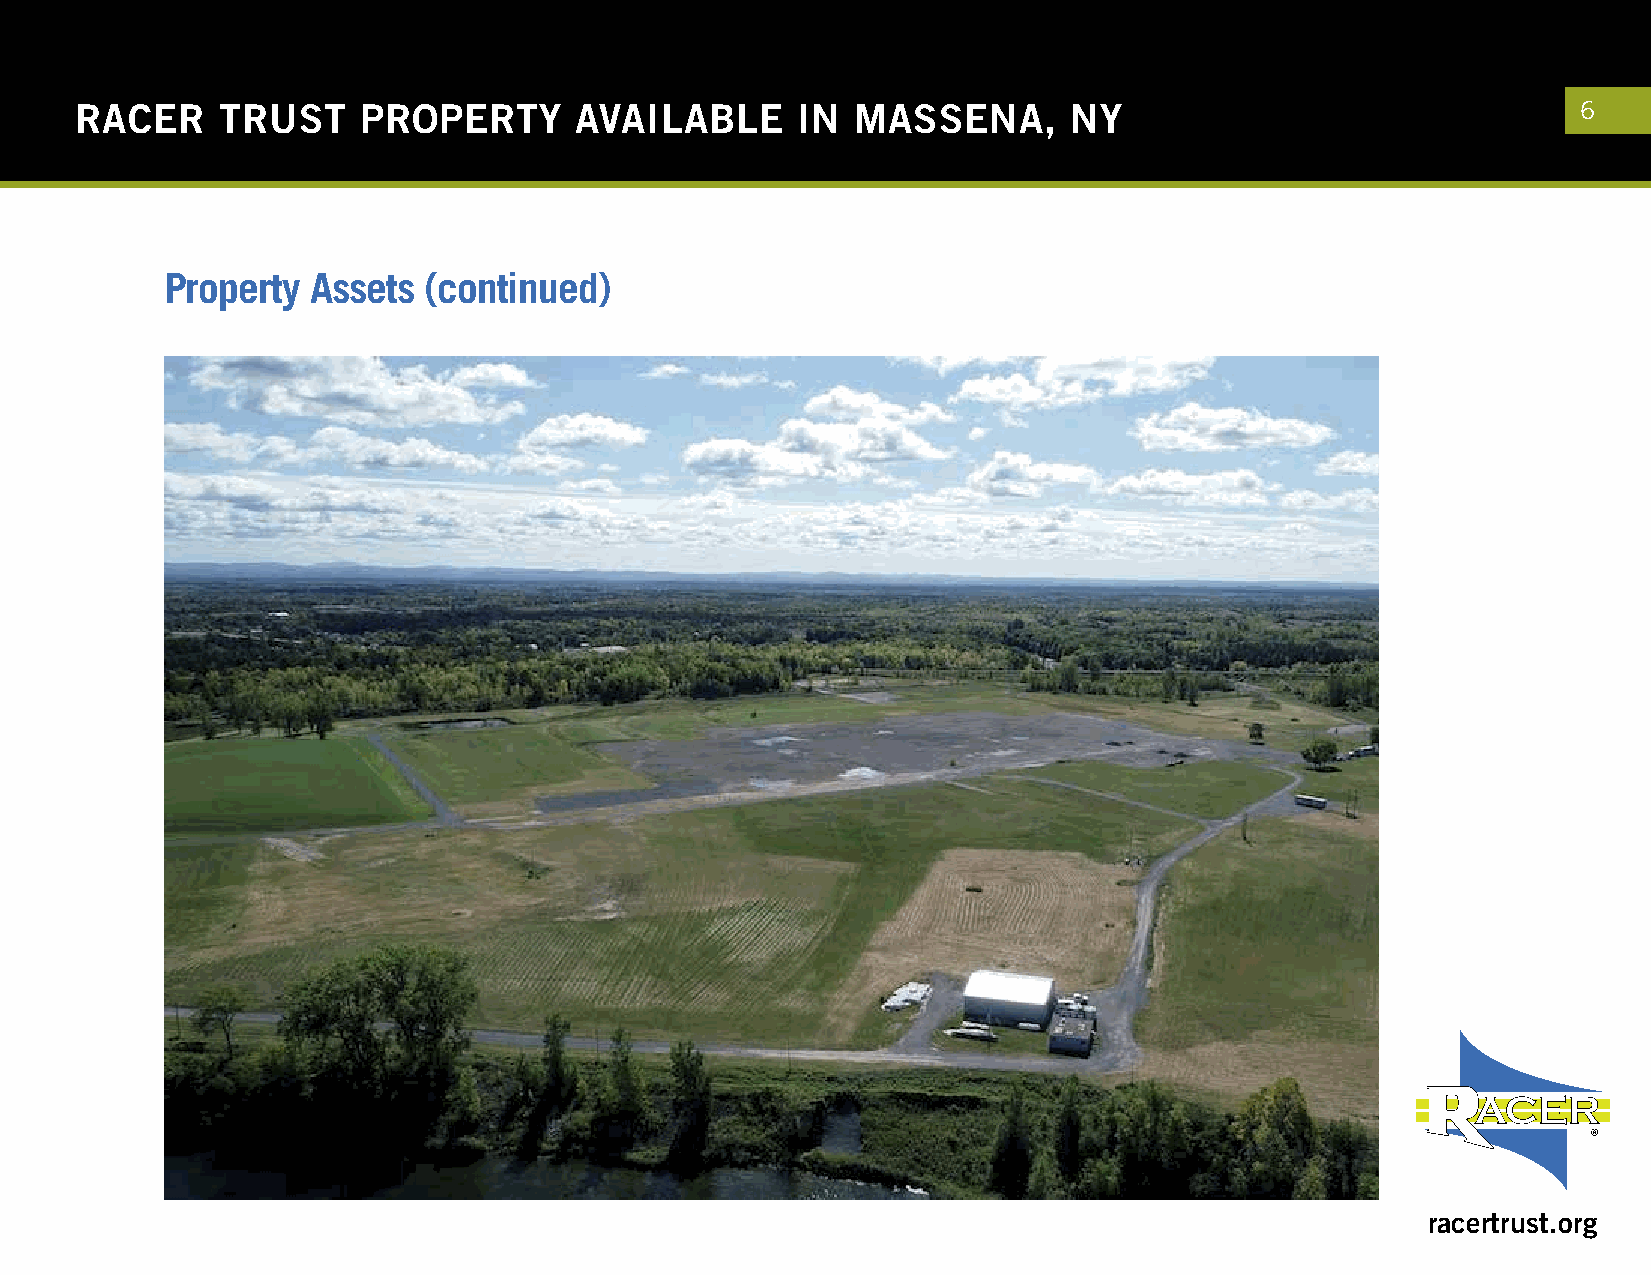
RACER    TRUST     PROPERTY      AVAILABLE      IN  MASSENA,      NY                                6
 Property  Assets (continued)
 racertrust.org